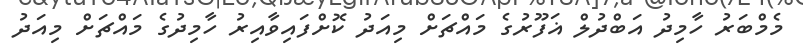
މެމްބަރު ހާމިދު އަބްދުލް ޣަފޫރުގެ މައްޗަށް މިއަދު ކޮށްފައިވާއިރު ހާމިދުގެ މައްޗަށް މިއަދު